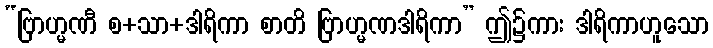
“ဗြာဟ္မဏီ စ+သာ+ဒါရိကာ စာတိ ဗြာဟ္မဏဒါရိကာ” ဤ၌ကား ဒါရိကာဟူသော